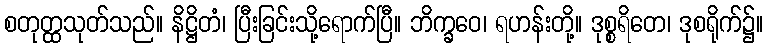
စတုတ္ထသုတ်သည်။ နိဋ္ဌိတံ၊ ပြီးခြင်းသို့ရောက်ပြီ။ ဘိက္ခဝေ၊ ရဟန်းတို့။ ဒုစ္စရိတေ၊ ဒုစရိုက်၌။